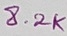
Text: 8.2K